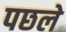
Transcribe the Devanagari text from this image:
पछले